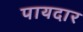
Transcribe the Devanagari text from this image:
पायदार